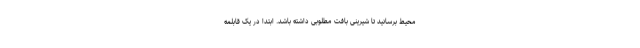
محیط برسانید تا شیرینی بافت مطلوبی داشته باشد. ابتدا در یک قابلمه